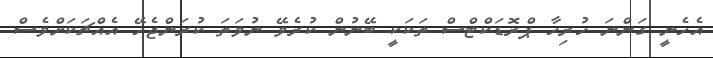
އެހެނީ ގަންނަ ހުރިހާ ޕްރޮޑަކްޓްސް ތަކަކީ ބޭނުން ކުރެވޭ ނުވަތަ ކުރަންޖެހޭ އެއްޗަކަށްވެސް